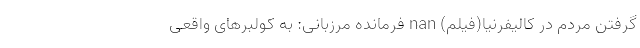
گرفتن مردم در کالیفرنیا(فیلم) nan فرمانده مرزبانی: به کولبرهای واقعی